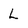
Character: L